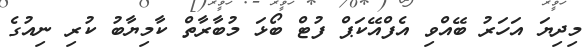
މިދިޔަ އަހަރު ބޭއްވި އެފްއޭކަޕް ފުޓް ބޯޅަ މުބާރާތް ކާމިޔާބު ކުރި ނިއުގެ